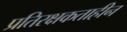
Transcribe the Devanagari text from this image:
प्रतिरक्षकताहीन